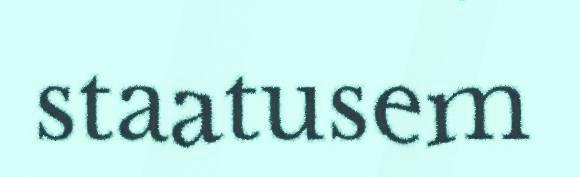
staatusem